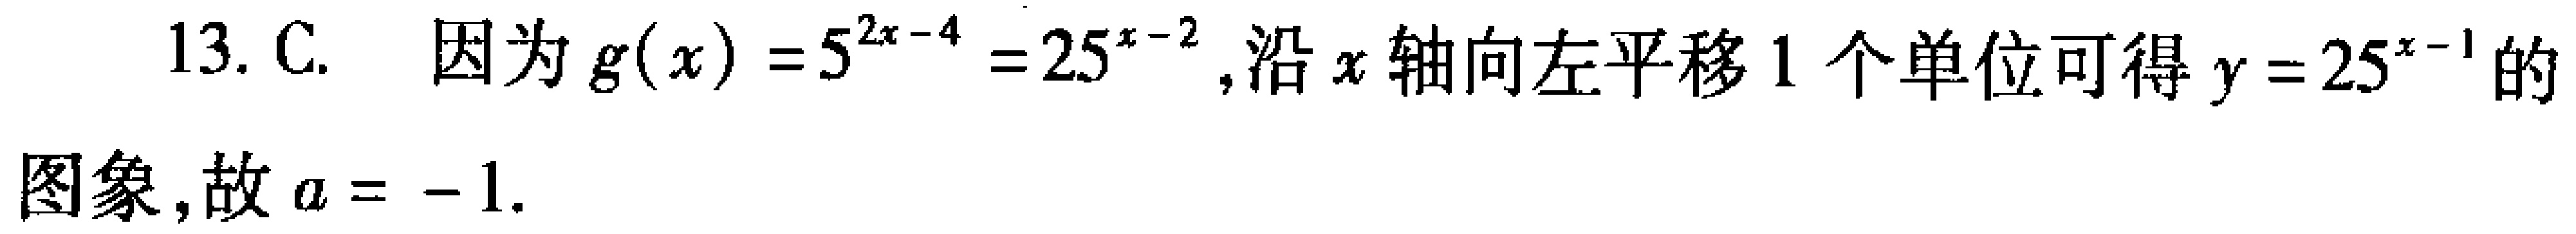
13. C. 因为\(g(x)=5^{2x - 4}=25^{x - 2}\)，沿\(x\)轴向左平移\(1\)个单位可得\(y = 25^{x - 1}\)的图象，故\(a = - 1\).